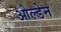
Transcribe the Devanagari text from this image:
ओल्डेन